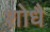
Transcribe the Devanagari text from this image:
शोधै